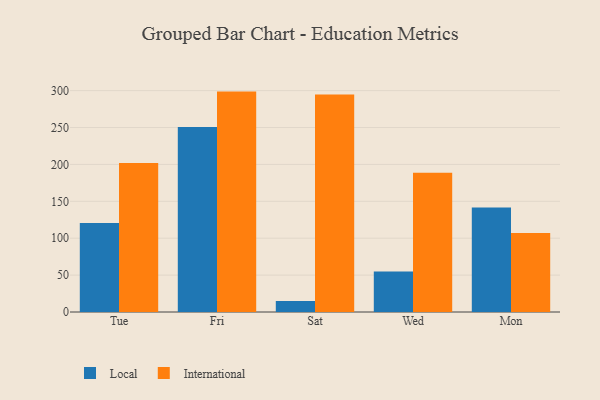
{"axis": {"x": "Day", "y": "Market Share (%)"}, "legend": ["International", "Local"], "data": [{"x": "Tue", "y": 120.7, "type": "Local"}, {"x": "Tue", "y": 201.8, "type": "International"}, {"x": "Fri", "y": 250.7, "type": "Local"}, {"x": "Fri", "y": 298.7, "type": "International"}, {"x": "Sat", "y": 14.8, "type": "Local"}, {"x": "Sat", "y": 294.7, "type": "International"}, {"x": "Wed", "y": 54.8, "type": "Local"}, {"x": "Wed", "y": 188.6, "type": "International"}, {"x": "Mon", "y": 141.5, "type": "Local"}, {"x": "Mon", "y": 106.9, "type": "International"}]}